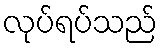
လုပ်ရပ်သည်